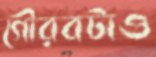
গৌরবটাও